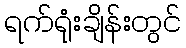
ရက်ရုံးချိန်းတွင်